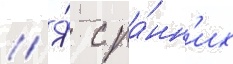
// Я́ с ра́нн'их